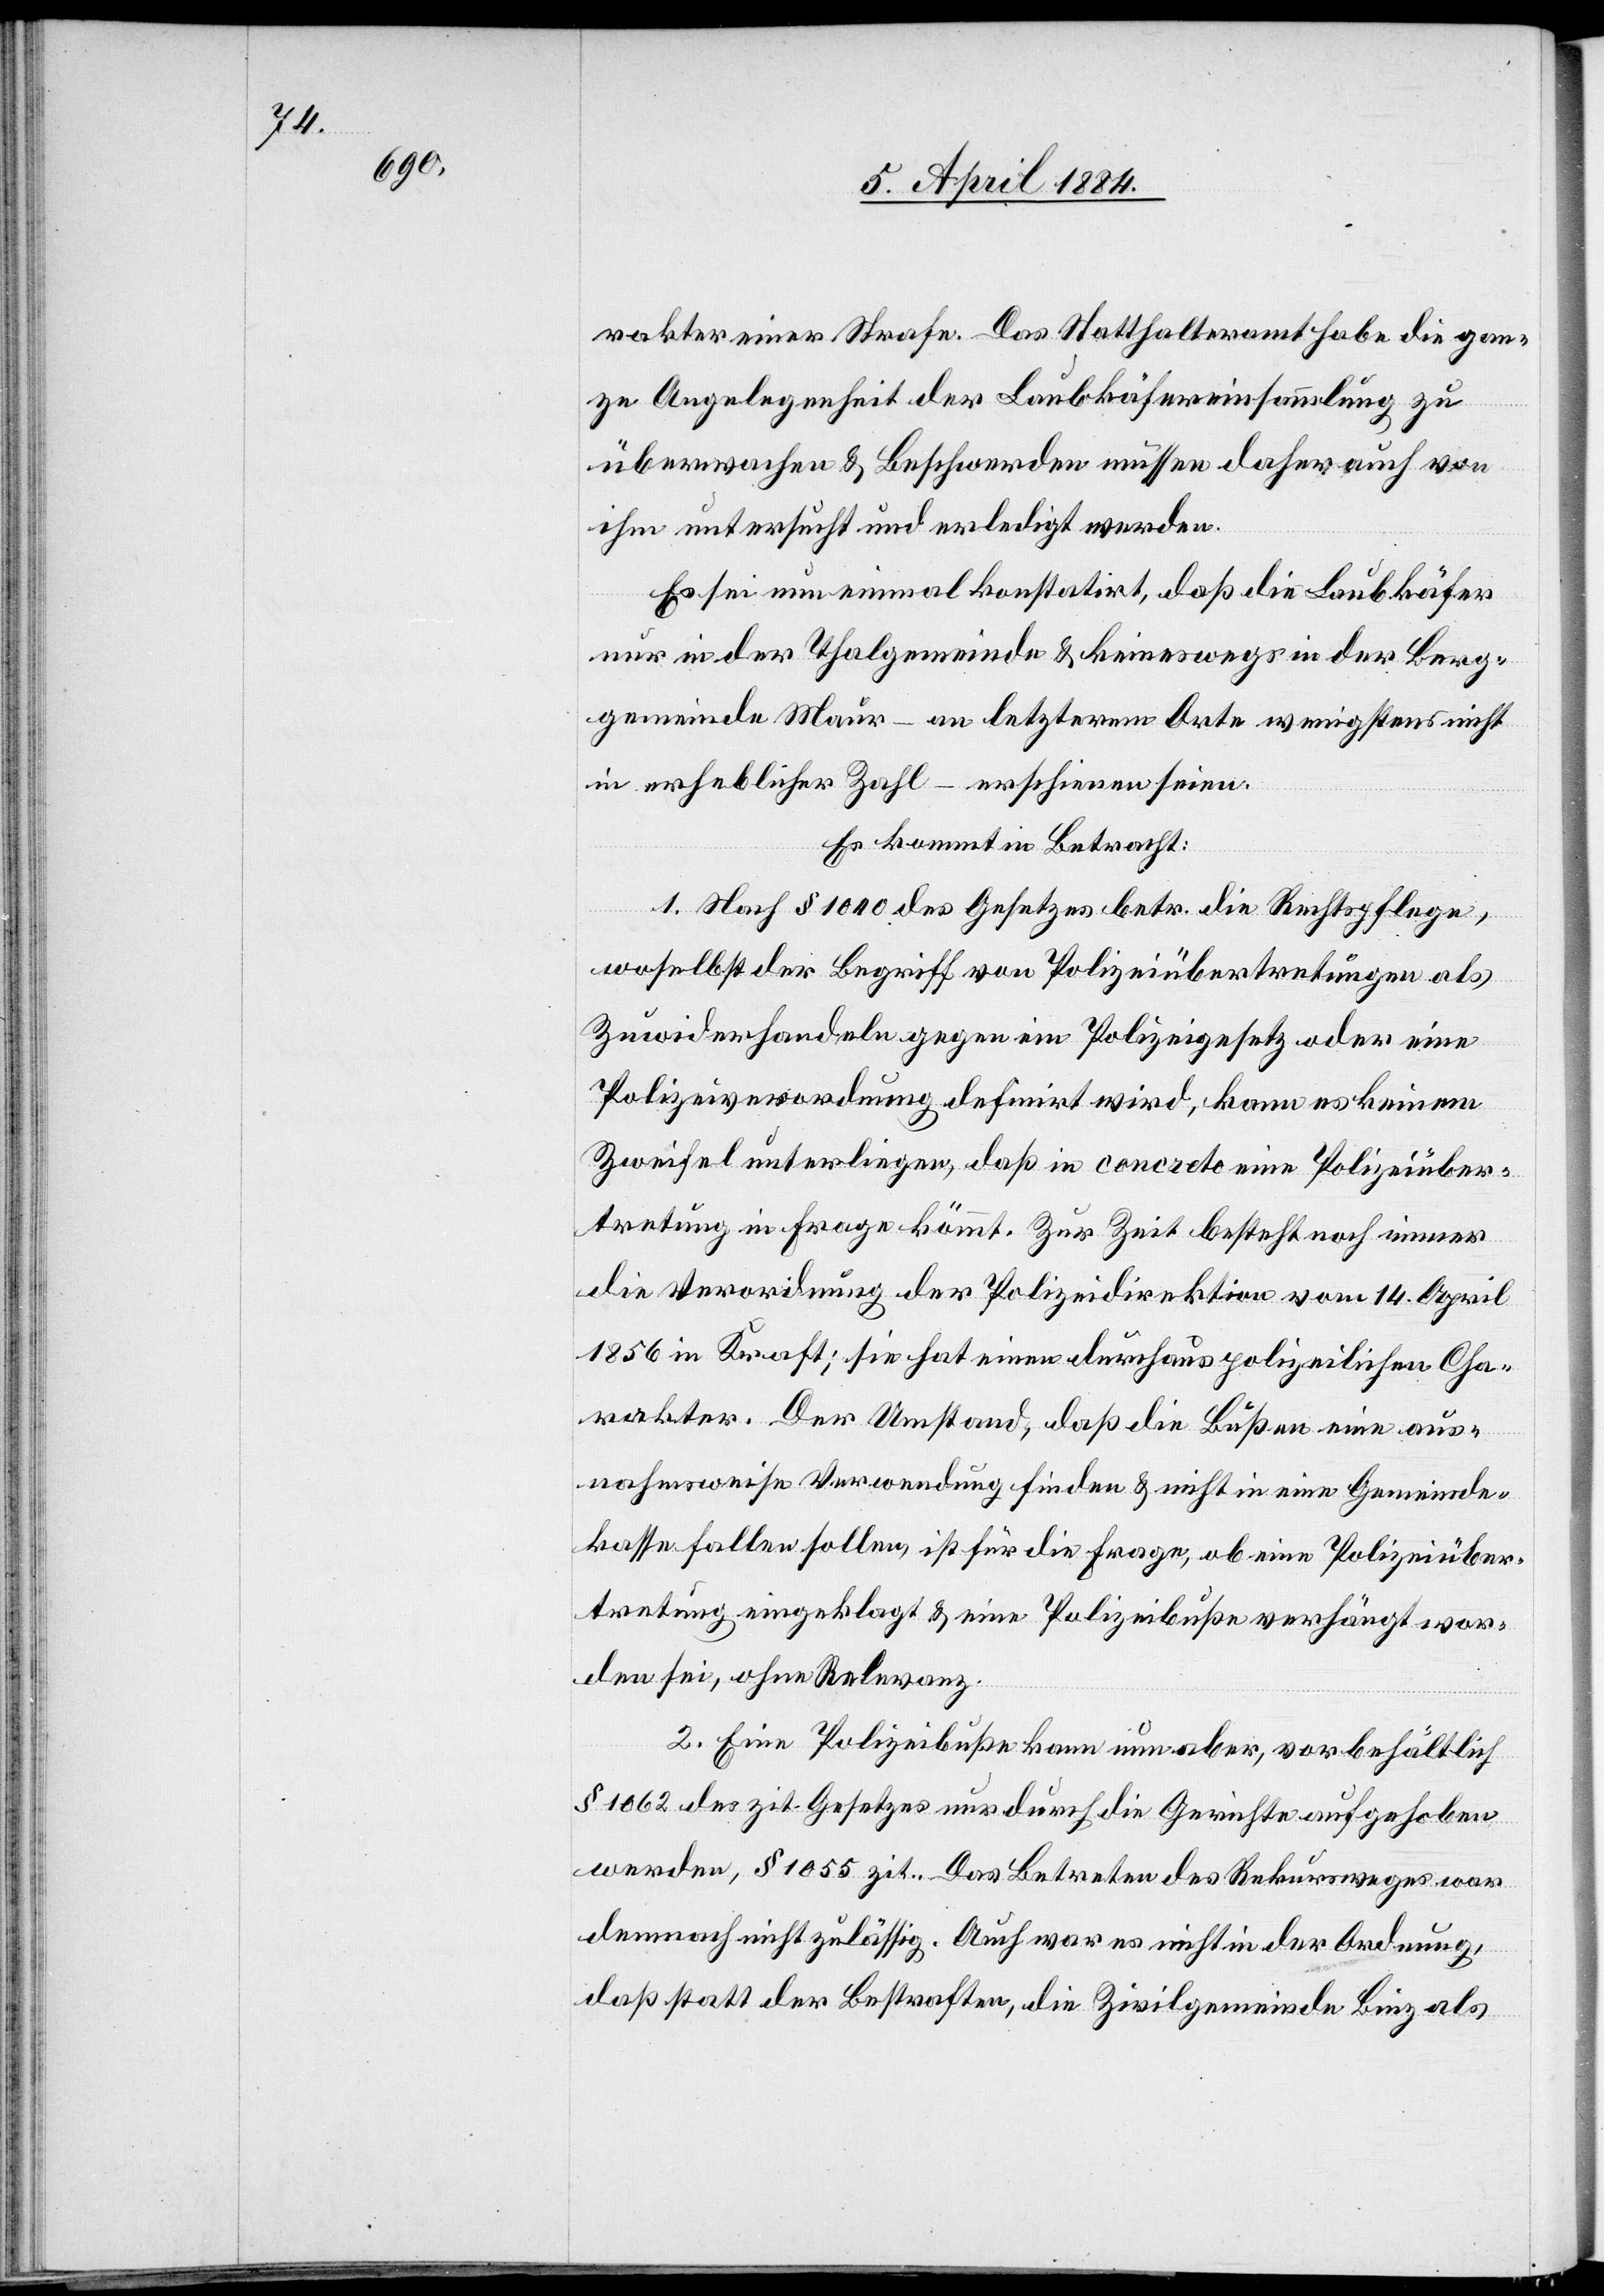
rakter einer Strafe. Das Statthalteramt habe die gan¬
ze Angelegenheit der Laubkäfereinsammlung zu
überwachen & Beschwerden müssen daher auch von
ihm untersucht und erledigt werden.
Es sei nun einmal konstatirt, daß die Laubkäfer
nur in der Thalgemeinde & keineswegs in der Berg¬
gemeinde Maur – an letzterem Orte wenigstens nicht
in erheblicher Zahl – erschienen seien.
Es kommt in Betracht:
1. Nach § 1040 des Gesetzes betr. die Rechtspflege,
woselbst der Begriff von Polizeiübertretungen als
Zuwiderhandeln gegen ein Polizeigesetz oder eine
Polizeiverordnung definirt wird, kann es keinem
Zweifel unterliegen, daß in concreto eine Polizeiüber¬
tretung in Frage kömmt. Zur Zeit besteht noch immer
die Verordnung der Polizeidirektion vom 14. April
1856 in Kraft; sie hat einen durchaus polizeilichen Cha¬
rakter. Der Umstand, daß die Bußen eine aus¬
nahmsweise Verwendung finden & nicht in eine Gemeinde¬
kasse fallen sollen, ist für die Frage, ob eine Polizeiüber¬
tretung eingeklagt & eine Polizeibuße verhängt wor¬
den sei, ohne Relevanz.
2. Eine Polizeibuße kann nun aber, vorbehältlich
§ 1062 des zit. Gesetzes nur durch die Gerichte aufgehoben
werden, § 1055 zit.. Das Betreten des Rekursweges war
demnach nicht zulässig. Auch war es nicht in der Ordnung,
daß statt der Bestraften, die Zivilgemeinde Binz als